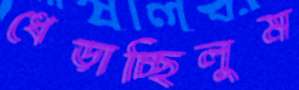
ধেড়াচ্ছিলুম